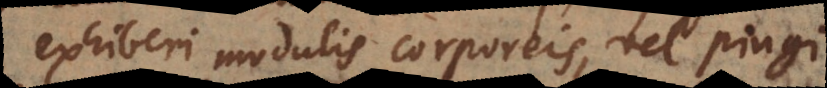
exhiberi modulis corporeis, vel